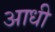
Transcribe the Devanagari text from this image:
अाधी